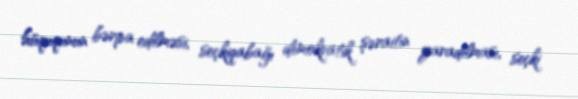
hüququnun bərpa edilməsi, seçkiqabağı demokratik şəraitin yaradılması, seçki